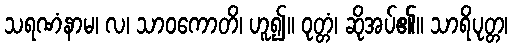
သရဏံနာမ၊ လ၊ သာဝကောတိ၊ ဟူ၍။ ဝုတ္တံ၊ ဆိုအပ်၏။ သာရိပုတ္တ၊